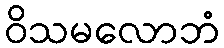
ဝိသမလောဘံ